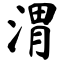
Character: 渭